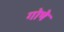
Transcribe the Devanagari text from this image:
गोषे